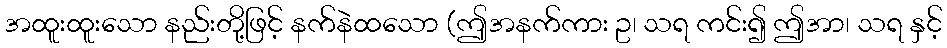
အထူးထူးသော နည်းတို့ဖြင့် နက်နဲထသော (ဤအနက်ကား ဥ၊ သရ ကင်း၍ ဤအာ၊ သရ နှင့်